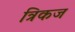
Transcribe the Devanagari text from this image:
त्रिकज